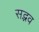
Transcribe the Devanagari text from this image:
सद्भव